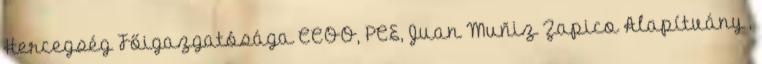
Hercegség Főigazgatósága CCOO, PCE, Juan Muñiz Zapico Alapítvány ,